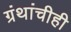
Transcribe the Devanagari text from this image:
ग्रंथांचीही